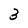
Character: 3